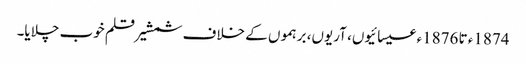
1874ء تا 1876ء عیسائیوں، آریوں، برہموں کے خلاف شمشیر قلم خوب چلایا۔